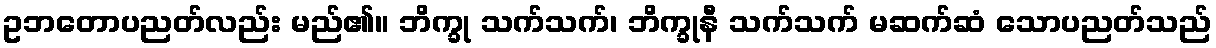
ဥဘတောပညတ်လည်း မည်၏။ ဘိက္ခု သက်သက်၊ ဘိက္ခုနီ သက်သက် မဆက်ဆံ သောပညတ်သည်